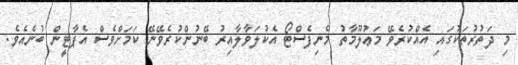
މި ދަތުރުތަކުގައި އެއްކުރެވޭ މަޢުލޫމާތު މެނިފެސްޓޯ އެކުލަވާލާއިރު ބޭނުންކުރެވޭނޭ ކަމަށްވެސް އެޕާޓީން ބުނެއެވެ.